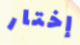
إختار